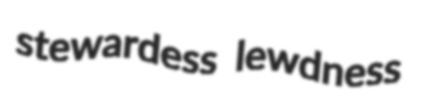
stewardess lewdness